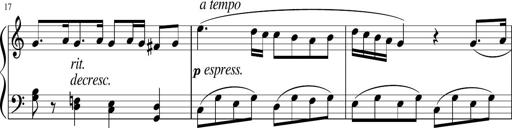
Title: 3 Sonatinen
Composer: Heinrich Lichner